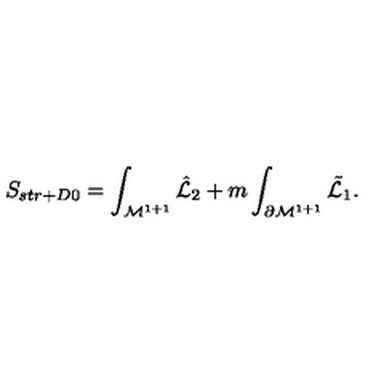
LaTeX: S _ { s t r + D 0 } = \int _ { { \cal M } ^ { 1 + 1 } } { \hat { \cal L } } _ { 2 } + m \int _ { \partial { \cal M } ^ { 1 + 1 } } { \tilde { \cal L } } _ { 1 } .